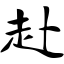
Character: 赴